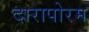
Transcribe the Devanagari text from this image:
दारापोरम